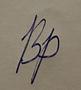
Signature authenticity: forged